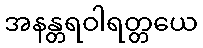
အနန္တရဝါရတ္တယေ